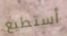
أستطيع